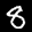
Label: 8